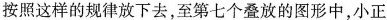
按照这样的规律放下去，至第七个叠放的图形中，小正